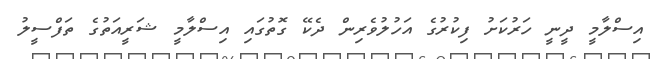
އިސްލާމީ ދީނީ ހަރުކަށު ފިކުރުގެ އަހުލުވެރިން ދެކޭ ގޮތުގައި އިސްލާމީ ޝަރީއަތުގެ ތަފްސީލު